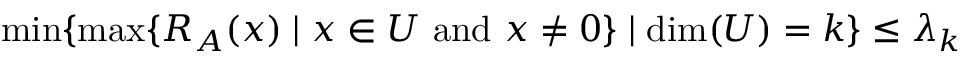
\operatorname* { m i n } \{ \operatorname* { m a x } \{ R _ { A } ( x ) \mid x \in U { \mathrm { ~ a n d ~ } } x \neq 0 \} \mid \dim ( U ) = k \} \leq \lambda _ { k }